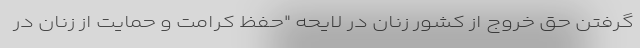
گرفتن حق خروج از کشور زنان در لایحه "حفظ کرامت و حمایت از زنان در